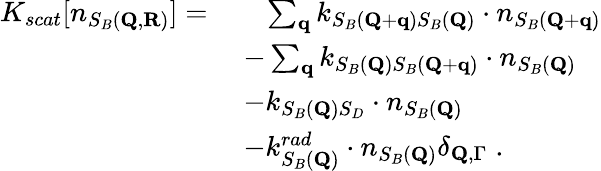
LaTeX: \begin{array}{rl}{K_{scat}[n_{S_{B}(\mathbf{Q},\mathbf{R})}]=\; }&{\; \; \; \sum_{\mathbf{q}}k_{S_{B}(\mathbf{Q}+\mathbf{q})S_{B}(\mathbf{Q})}\cdot n_{S_{B}(\mathbf{Q}+\mathbf{q})}}\\ &{-\sum_{\mathbf{q}}k_{S_{B}(\mathbf{Q})S_{B}(\mathbf{Q}+\mathbf{q})}\cdot n_{S_{B}(\mathbf{Q})}}\\ &{-k_{S_{B}(\mathbf{Q})S_{D}}\cdot n_{S_{B}(\mathbf{Q})}}\\ &{-k_{S_{B}(\mathbf{Q})}^{rad}\cdot n_{S_{B}(\mathbf{Q})}\delta_{\mathbf{Q},\Gamma}\; .}\end{array}